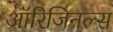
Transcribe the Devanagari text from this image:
ऑरिजिनल्स